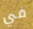
في